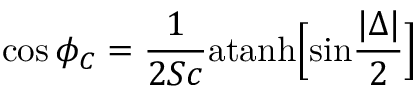
\mathrm { c o s } \, \phi _ { C } = { \frac { 1 } { 2 S c } } \mathrm { a t a n h } \Big [ \mathrm { s i n } { \frac { | \Delta | } { 2 } } \Big ]